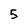
Character: 5